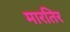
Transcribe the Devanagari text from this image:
मारतिर